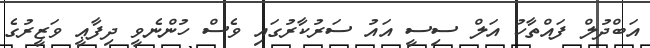
އަބްދުލް ފައްތާހު އަލް ސިސީ އައު ސަރުކާރުގައި ވެސް ހުންނެވީ ދިފާޢީ ވަޒީރުގެ